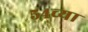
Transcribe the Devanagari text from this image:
५४च्या